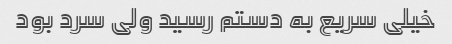
خیلی سریع به دستم رسید ولی سرد بود